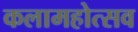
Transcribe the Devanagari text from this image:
कलामहोत्सव